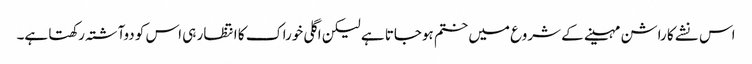
اس نشے کا راشن مہینے کے شروع میں ختم ہوجاتا ہے لیکن اگلی خوراک کا انتظار ہی اس کو دوآشتہ رکھتا ہے۔